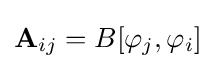
\mathbf {A} _{ij}=B[\varphi _{j},\varphi _{i}]